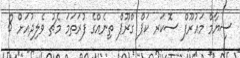
ސިޔާމް މައުރޫފް ސޮކަރ ކަޕް ގްރޫޕް ތިނެއްގެ ފުރަތަމަ މެޗު ވެލިދުއަށް 8